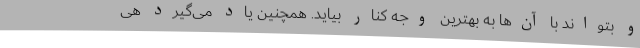
و بتواند با آن‌ها به بهترین وجه کنار بیاید. همچنین یاد می‌گیرد هی